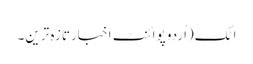
اٹک(اُردو پوائنٹ اخبارتازہ ترین۔